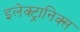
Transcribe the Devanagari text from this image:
इलेक्‍ट्रानिक्स